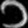
Digit: ၁